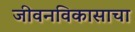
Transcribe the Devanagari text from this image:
जीवनविकासाचा